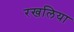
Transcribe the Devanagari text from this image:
रखलिया